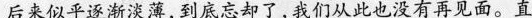
后来似乎逐渐淡薄,到底忘却了,我们从此也没有再见面。直